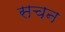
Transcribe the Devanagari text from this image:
सचन